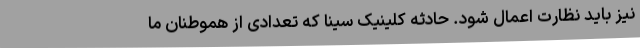
نیز باید نظارت اعمال شود. حادثه کلینیک سینا که تعدادی از هموطنان ما